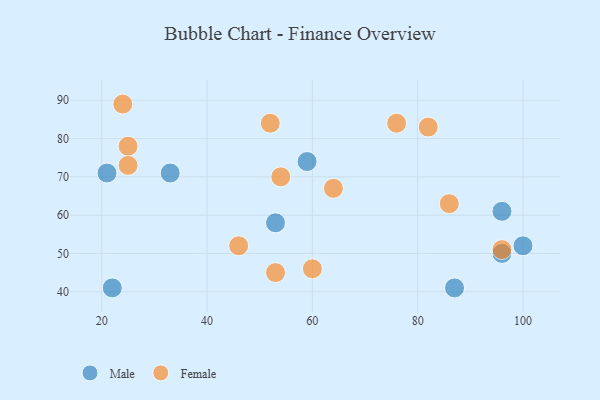
{"axis": {"x": "GDP", "y": "Life Expectancy"}, "legend": ["Female", "Male"], "data": [{"x": "87", "y": 41, "type": "Male"}, {"x": "53", "y": 58, "type": "Male"}, {"x": "96", "y": 50, "type": "Male"}, {"x": "22", "y": 41, "type": "Male"}, {"x": "21", "y": 71, "type": "Male"}, {"x": "33", "y": 71, "type": "Male"}, {"x": "59", "y": 74, "type": "Male"}, {"x": "96", "y": 61, "type": "Male"}, {"x": "100", "y": 52, "type": "Male"}, {"x": "96", "y": 51, "type": "Female"}, {"x": "25", "y": 78, "type": "Female"}, {"x": "76", "y": 84, "type": "Female"}, {"x": "60", "y": 46, "type": "Female"}, {"x": "64", "y": 67, "type": "Female"}, {"x": "86", "y": 63, "type": "Female"}, {"x": "82", "y": 83, "type": "Female"}, {"x": "25", "y": 73, "type": "Female"}, {"x": "46", "y": 52, "type": "Female"}, {"x": "54", "y": 70, "type": "Female"}, {"x": "52", "y": 84, "type": "Female"}, {"x": "24", "y": 89, "type": "Female"}, {"x": "53", "y": 45, "type": "Female"}]}